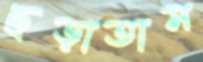
ছড়াতাম